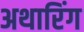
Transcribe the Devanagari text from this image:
अथारिंग